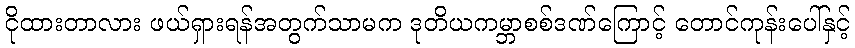
ငိုထားတာလား ဖယ်ရှားရန်အတွက်သာမက ဒုတိယကမ္ဘာစစ်ဒဏ်ကြောင့် တောင်ကုန်းပေါ်နှင့်